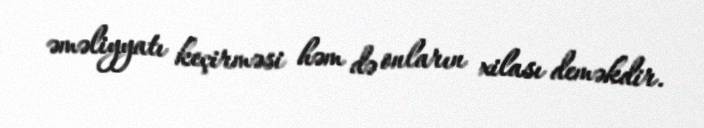
əməliyyatı keçirməsi həm də onların xilası deməkdir.